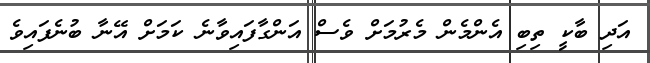
އަދި ބާކީ ތިބި އެންމެން މެރުމަށް ވެސް އަންގާފައިވާނެ ކަމަށް އޭނާ ބުނެފައިވެ